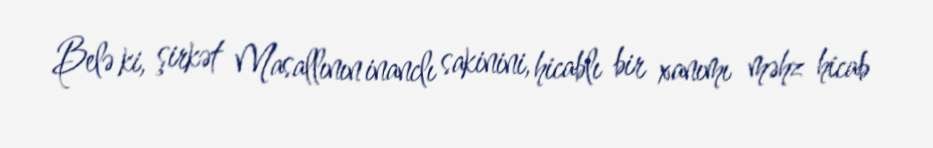
Belə ki, şirkət Masallının inanclı sakinini, hicablı bir xanımı məhz hicab